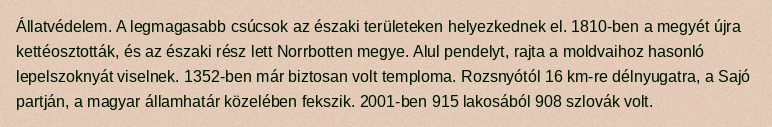
Állatvédelem. A legmagasabb csúcsok az északi területeken helyezkednek el. 1810-ben a megyét újra kettéosztották, és az északi rész lett Norrbotten megye. Alul pendelyt, rajta a moldvaihoz hasonló lepelszoknyát viselnek. 1352-ben már biztosan volt temploma. Rozsnyótól 16 km-re délnyugatra, a Sajó partján, a magyar államhatár közelében fekszik. 2001-ben 915 lakosából 908 szlovák volt.